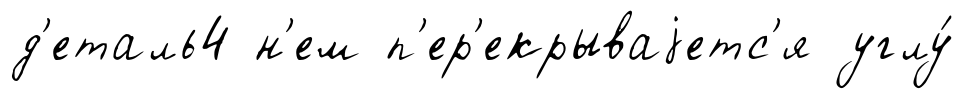
д'еталь4 н'ем п'ер'екрываjетс'я углу́